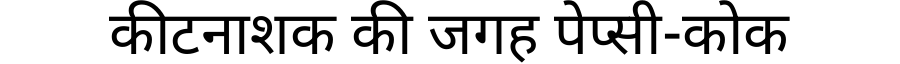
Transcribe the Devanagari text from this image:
कीटनाशक की जगह पेप्सी-कोक